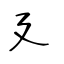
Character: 廴